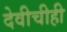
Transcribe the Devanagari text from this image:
देवीचीही